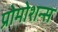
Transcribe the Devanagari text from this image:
प्रोमोशन्स